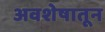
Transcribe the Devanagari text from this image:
अवशेषातून